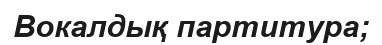
Вокалдық партитура;